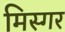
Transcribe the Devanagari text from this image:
मिस्गर